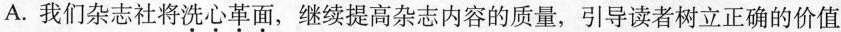
A.我们杂志社将洗心革面，继续提高杂志内容的质量，引导读者树立正确的价值